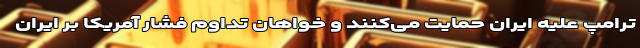
ترامپ علیه ایران حمایت می‌کنند و خواهان تداوم فشار آمریکا بر ایران